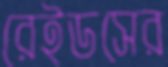
রেইডসের